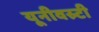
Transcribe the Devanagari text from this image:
यूनीवस्र्टी